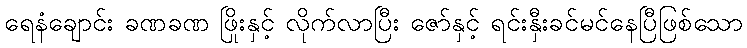
ရေနံချောင်း ခဏခဏ ဖြိုးနှင့် လိုက်လာပြီး ဇော်နှင့် ရင်းနှီးခင်မင်နေပြီဖြစ်သော